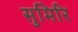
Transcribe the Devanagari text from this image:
सुमिरि